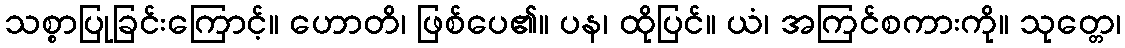
သစ္စာပြုခြင်းကြောင့်။ ဟောတိ၊ ဖြစ်ပေ၏။ ပန၊ ထိုပြင်။ ယံ၊ အကြင်စကားကို။ သုတ္တေ၊